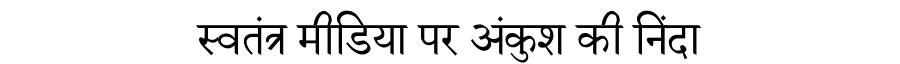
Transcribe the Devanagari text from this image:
स्वतंत्र मीडिया पर अंकुश की निंदा